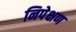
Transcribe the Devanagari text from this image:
निपेक्षण